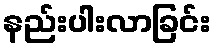
နည်းပါးလာခြင်း